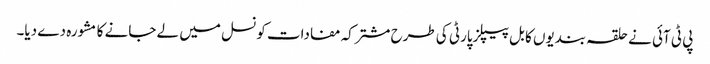
پی ٹی آئی نے حلقہ بندیوں کا بل پیپلزپارٹی کی طرح مشترکہ مفادات کونسل میں لے جانے کا مشورہ دے دیا۔